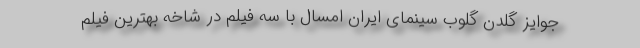
جوایز گلدن گلوب سینمای ایران امسال با سه فیلم در شاخه بهترین فیلم